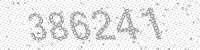
Solution: 386241